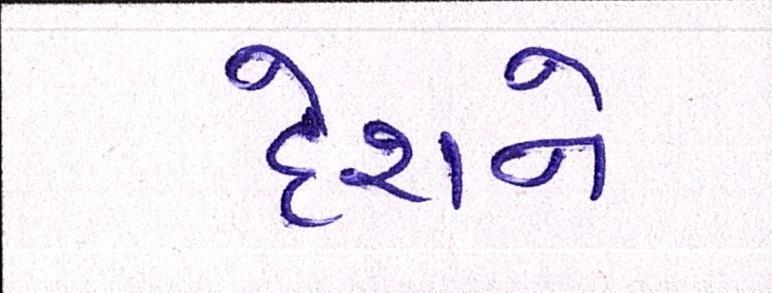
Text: દેશને